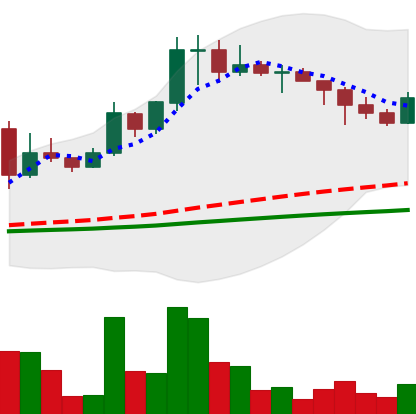
Ticker: DOGE-USD
Chart end date: 2021-02-18
Forward return: -20.404%
Label: down_7plus